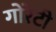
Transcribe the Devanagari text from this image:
गोरेटी